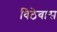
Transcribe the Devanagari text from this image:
विठेबास